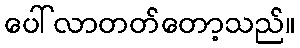
ပေါ်လာတတ်တော့သည်။